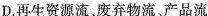
D.再生资源流、废弃物流、产品流